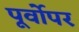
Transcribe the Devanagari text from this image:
पूर्वोपर